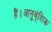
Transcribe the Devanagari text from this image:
हैं।आनुव्ंशिक